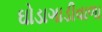
ઘોડાગાડીવાળા